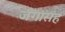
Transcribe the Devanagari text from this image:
जगासह